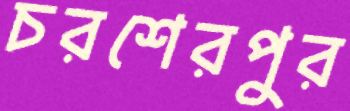
চরশেরপুর